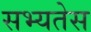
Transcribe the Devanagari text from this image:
सभ्यतेस